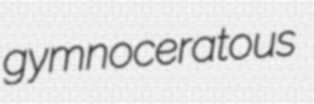
gymnoceratous